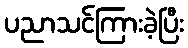
ပညာသင်ကြားခဲ့ပြီး